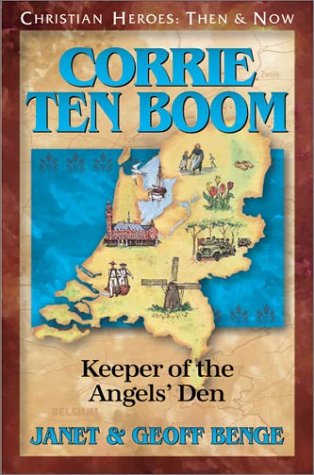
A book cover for Corrie ten Boom: Keeper of the Angels' Den (Christian Heroes: Then & Now); Janet Benge; Christian Books & Bibles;